Vaccine operations Central Provinces 1868-1885 - 1868-1885
Year: 1868
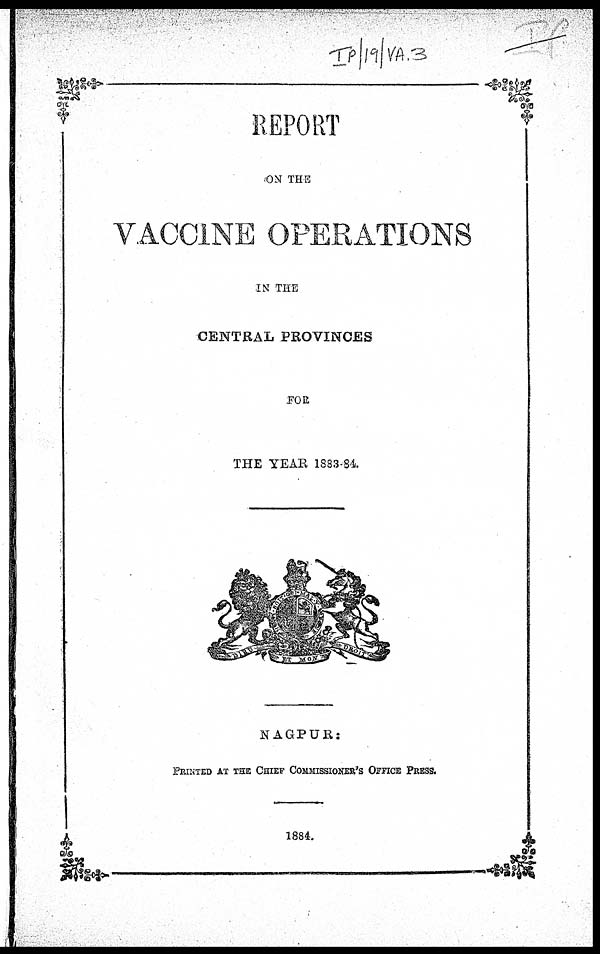
REPORT
ON THE
VACCINE OPERATIONS
IN THE
CENTRAL PROVINCES
FOR
THE YEAR 1883-84.
NAGPUR:
PRINTED AT THE CHIEF COMMISSIONER' S OFFICE PRESS.
1884.